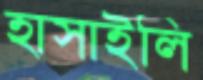
হাসাইলি